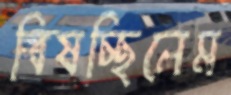
বিষচ্ছিলেম